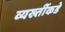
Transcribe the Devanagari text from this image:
व्यख्तींकडे